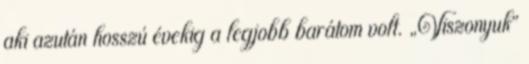
aki azután hosszú évekig a legjobb barátom volt. „Viszonyuk”